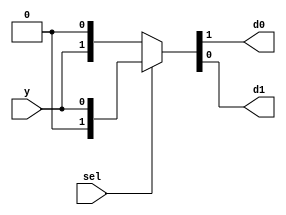
`timescale 1ns / 1ps
module demux_1x2(
    input y,sel,
    output d0,d1 
    );
  assign {d0,d1} = sel?{1'b0,y}: {y,1'b0};
endmodule